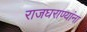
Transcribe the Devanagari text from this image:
राजघराण्यांना